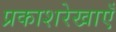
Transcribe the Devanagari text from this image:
प्रकाशरेखाएँ